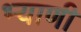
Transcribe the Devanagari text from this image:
भ्याणी